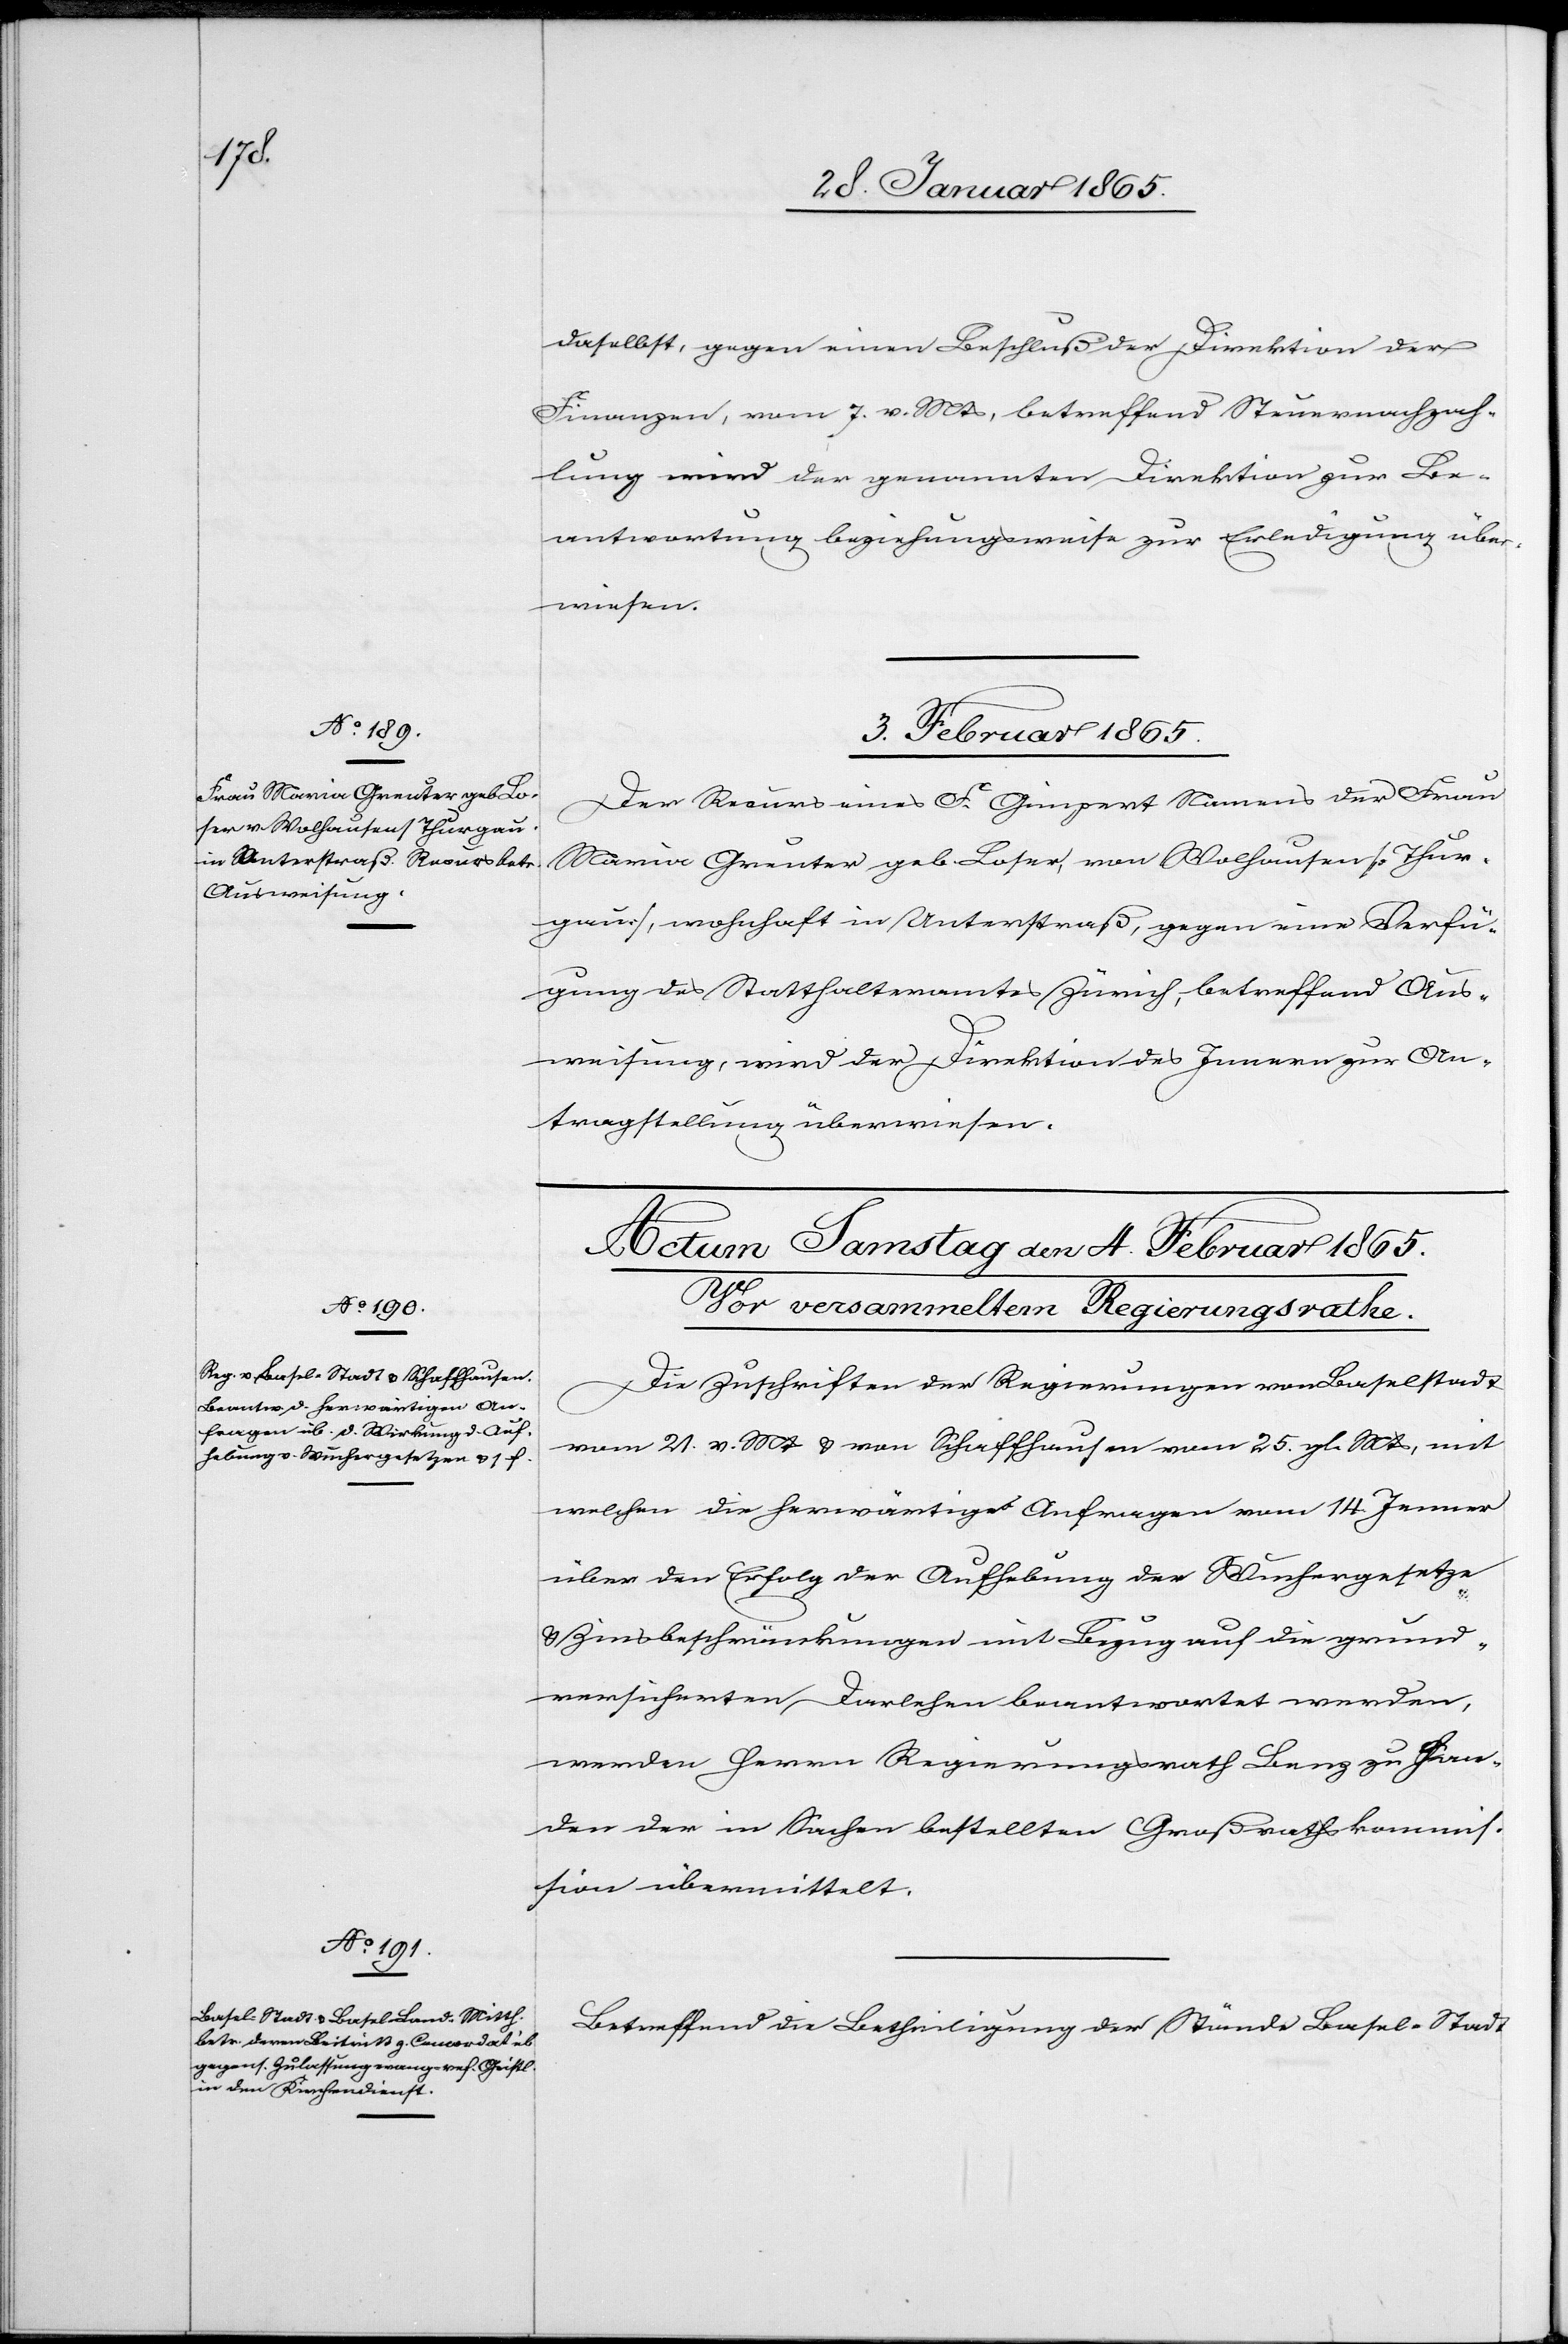
daselbst, gegen einen Beschluß der Direktion der
Finanzen, vom 7. v. Mts, betreffend Steuernachzah¬
lung wird der genannten Direktion zur Be¬
antwortung beziehungsweise zur Erledigung über¬
wiesen.
3. Februar 1865.
Der Recurs eines F. Gimpert Namens der Frau
Maria Greuter geb. Loser, von Wolhausen [Thur¬
gau], wohnhaft in Unterstraß, gegen eine Verfü¬
gung des Statthalteramtes Zürich, betreffend Aus¬
weisung, wird der Direktion des Innern zur An¬
tragstellung überwiesen.
Die Zuschriften der Regierungen von Baselstadt
vom 21. v. Mt u. von Schaffhausen vom 25. gl. Mts, mit
welchen die herwärtigen Anfragen vom 14. Jenner
über den Erfolg der Aufhebung der Wuhrgesetze
u. Zinsbeschränkungen mit Bezug auf die grund¬
versicherten Darlehen beantwortet werden,
werden Herrn Regierungsrath Benz zu Han¬
den der in Sachen bestellten Großrathskommis¬
sion übermittelt.
Betreffend die Betheiligung der Stände Basel-Stadt